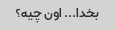
بخدا... اون چیه؟